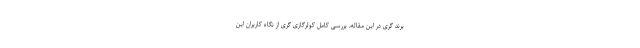
برند گری در این مقاله، بررسی کامل کولرگازی گری از نگاه کاربران این